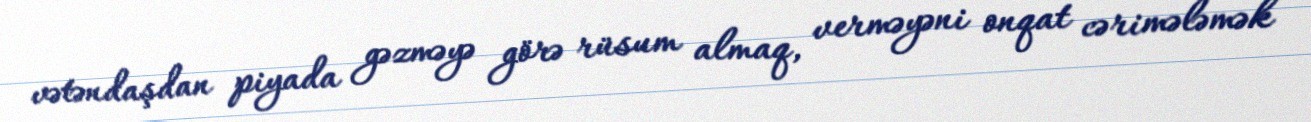
vətəndaşdan piyada gəzməyə görə rüsum almaq, verməyəni onqat cərimələmək